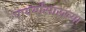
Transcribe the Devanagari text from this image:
पायर्यांसारख्या